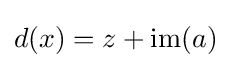
d(x)=z+\operatorname {im} (a)